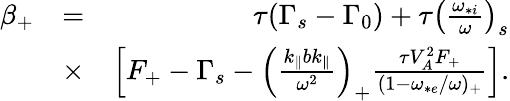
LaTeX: \begin{array}{rlr}{\beta_{+}}&{=}&{\tau(\Gamma_{s}-\Gamma_{0})+\tau\left(\frac{\omega_{*i}}{\omega}\right)_{s}}\\ &{\times}&{\left[F_{+}-\Gamma_{s}-\left(\frac{k_{\parallel}bk_{\parallel}}{\omega^{2}}\right)_{+}\frac{\tau V_{A}^{2}F_{+}}{(1-\omega_{*e}/\omega)_{+}}\right].}\end{array}